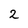
Character: 2